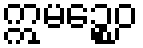
ဣမဉ္စေဝ